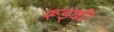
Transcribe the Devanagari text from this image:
रूड्की